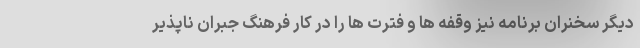
دیگر سخنران برنامه نیز وقفه ها و فترت ها را در کار فرهنگ جبران ناپذیر